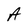
Character: A